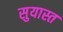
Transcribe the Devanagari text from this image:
सुयास्त